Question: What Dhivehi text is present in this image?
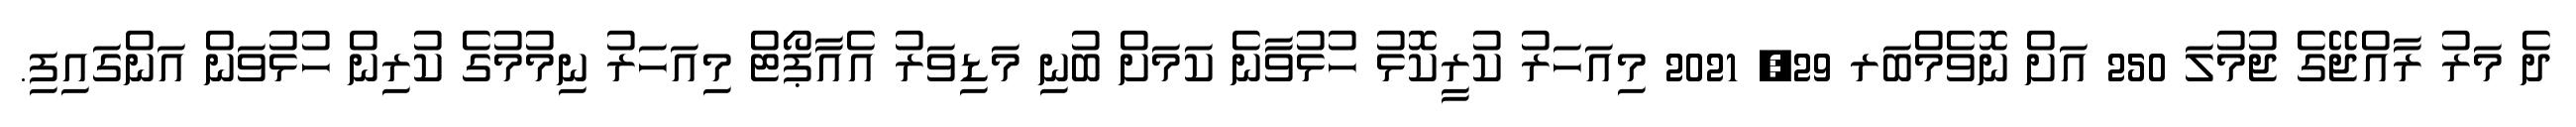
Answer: ދެ މަރު ރާއްޖޭގެ ޖުމުލަ 250 އަށް ނޮވެމްބަރ 29, 2021 މިއަހަރު ކުރީކޮޅު ހުޅުވާނެ ކަމަށް ބުނި މަޑިވަރު އެއާޕޯޓް މިއަހަރު ނިމުމުގެ ކުރިން ހުޅުވަން އަންގައިފި.